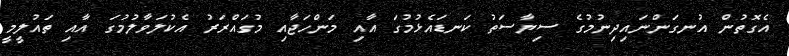
އެގޮތުން އުނގަންނައިދިނުމުގެ ސިޔާސަތު ކަނޑައެޅުމުގަ އާއި މަންހަޖާއި މުގައްރަރު އެކުލަވާލުމުގަ އާއި ތައުލީމީ